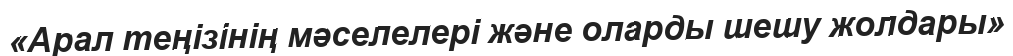
«Арал теңізінің мәселелері және оларды шешу жолдары»